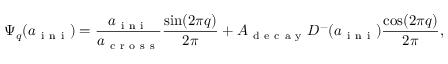
\Psi _ { q } ( a _ { \mathrm { ~ i ~ n ~ i ~ } } ) = \frac { a _ { \mathrm { ~ i ~ n ~ i ~ } } } { a _ { \mathrm { ~ c ~ r ~ o ~ s ~ s ~ } } } \frac { \sin ( 2 \pi q ) } { 2 \pi } + A _ { \mathrm { ~ d ~ e ~ c ~ a ~ y ~ } } D ^ { - } ( a _ { \mathrm { ~ i ~ n ~ i ~ } } ) \frac { \cos ( 2 \pi q ) } { { 2 \pi } } ,